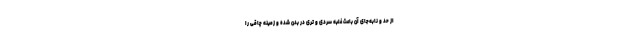
از حد و نابه‌جای آن باعث غلبه سردی و تری در بدن شده و زمینه چاقی را